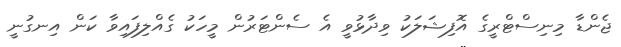
ޖެންޑާ މިނިސްޓްރީގެ އޮފިޝަލަކު ވިދާޅުވީ އެ ސެންޓަރުން މީހަކު ގެއްލިފައިވާ ކަން އިނގުނީ